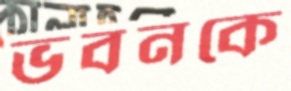
ভবনকে